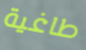
طاغية